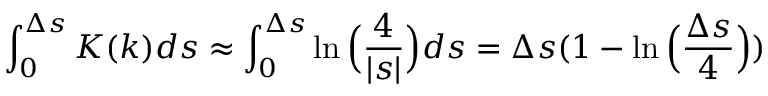
\int _ { 0 } ^ { \Delta s } K ( k ) d s \approx \int _ { 0 } ^ { \Delta s } \ln \Big ( \frac { 4 } { | s | } \Big ) d s = \Delta s ( 1 - \ln \Big ( { \frac { \Delta s } { 4 } } \Big ) )